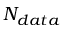
N _ { d a t a }